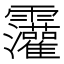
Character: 𫕷